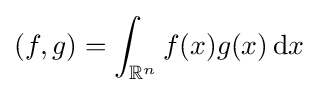
(f,g)=\int _{\mathbb {R} ^{n}}f(x)g(x)\,\mathrm {d} x